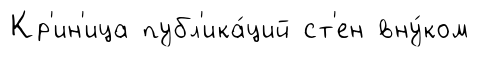
Кр'ин'ица публ'ика́ций ст'ен вну́ком